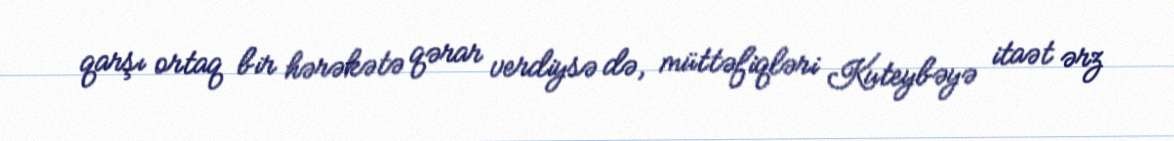
qarşı ortaq bir hərəkətə qərar verdiysə də, müttəfiqləri Kuteybəyə itaət ərz